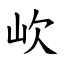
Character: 㰞